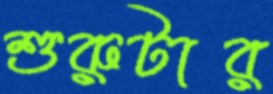
শুরুটার